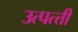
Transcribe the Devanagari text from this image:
उत्पत्त्ती